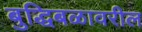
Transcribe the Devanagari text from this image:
बुद्धिबळावरील